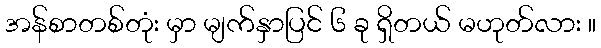
အန်စာတစ်တုံး မှာ မျက်နှာပြင် ၆ ခု ရှိတယ် မဟုတ်လား ။